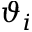
\vartheta _ { i }